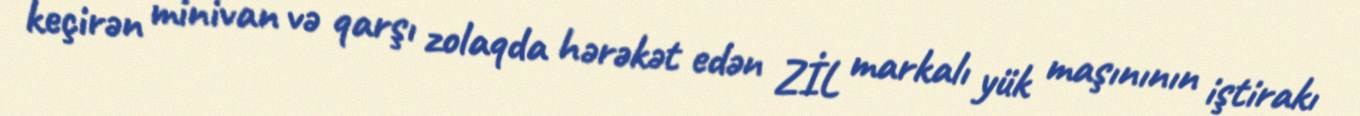
keçirən minivan və qarşı zolaqda hərəkət edən ZİL markalı yük maşınının iştirakı